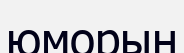
юморын